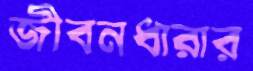
জীবনধারার